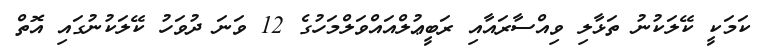
ކަމަކީ ކޭލަކުނު ތަޅާލި ވިއްސާރައާއި ރަބީޢުލްއައްވަލްމަހުގެ 12 ވަނަ ދުވަހު ކޭލަކުނުގައި އޮތް